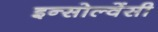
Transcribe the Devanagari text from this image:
इन्सोल्वेंसी